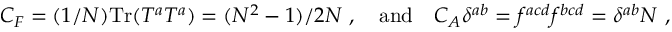
C _ { F } = ( 1 / N ) \mathrm { T r } ( T ^ { a } T ^ { a } ) = ( N ^ { 2 } - 1 ) / 2 N \ , \quad \mathrm { a n d } \quad C _ { A } \delta ^ { a b } = f ^ { a c d } f ^ { b c d } = \delta ^ { a b } N \ ,